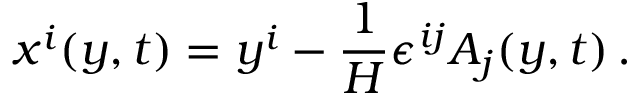
x ^ { i } ( y , t ) = y ^ { i } - \frac { 1 } { H } \epsilon ^ { i j } A _ { j } ( y , t ) \, .